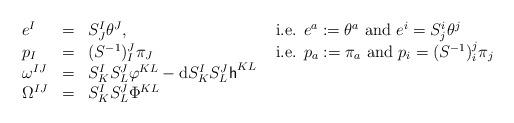
LaTeX: \begin{align*}\begin{array}{llll} e^I & = & S^I_J\theta^J,& \hbox{ i.e. } e^a:= \theta^a\hbox{ and } e^i = S^i_j\theta^j \\ p_I & = & (S^{-1})^J_I\pi_J & \hbox{ i.e. } p_a:= \pi_a\hbox{ and } p_i = (S^{-1})^j_i\pi_j \\ \omega^{IJ} & = & S^I_KS^J_L\varphi^{KL} - \hbox{d}S^I_KS^J_L\textsf{h}^{KL} \\ \Omega^{IJ} & = & S^I_KS^J_L\Phi^{KL} \end{array} \end{align*}